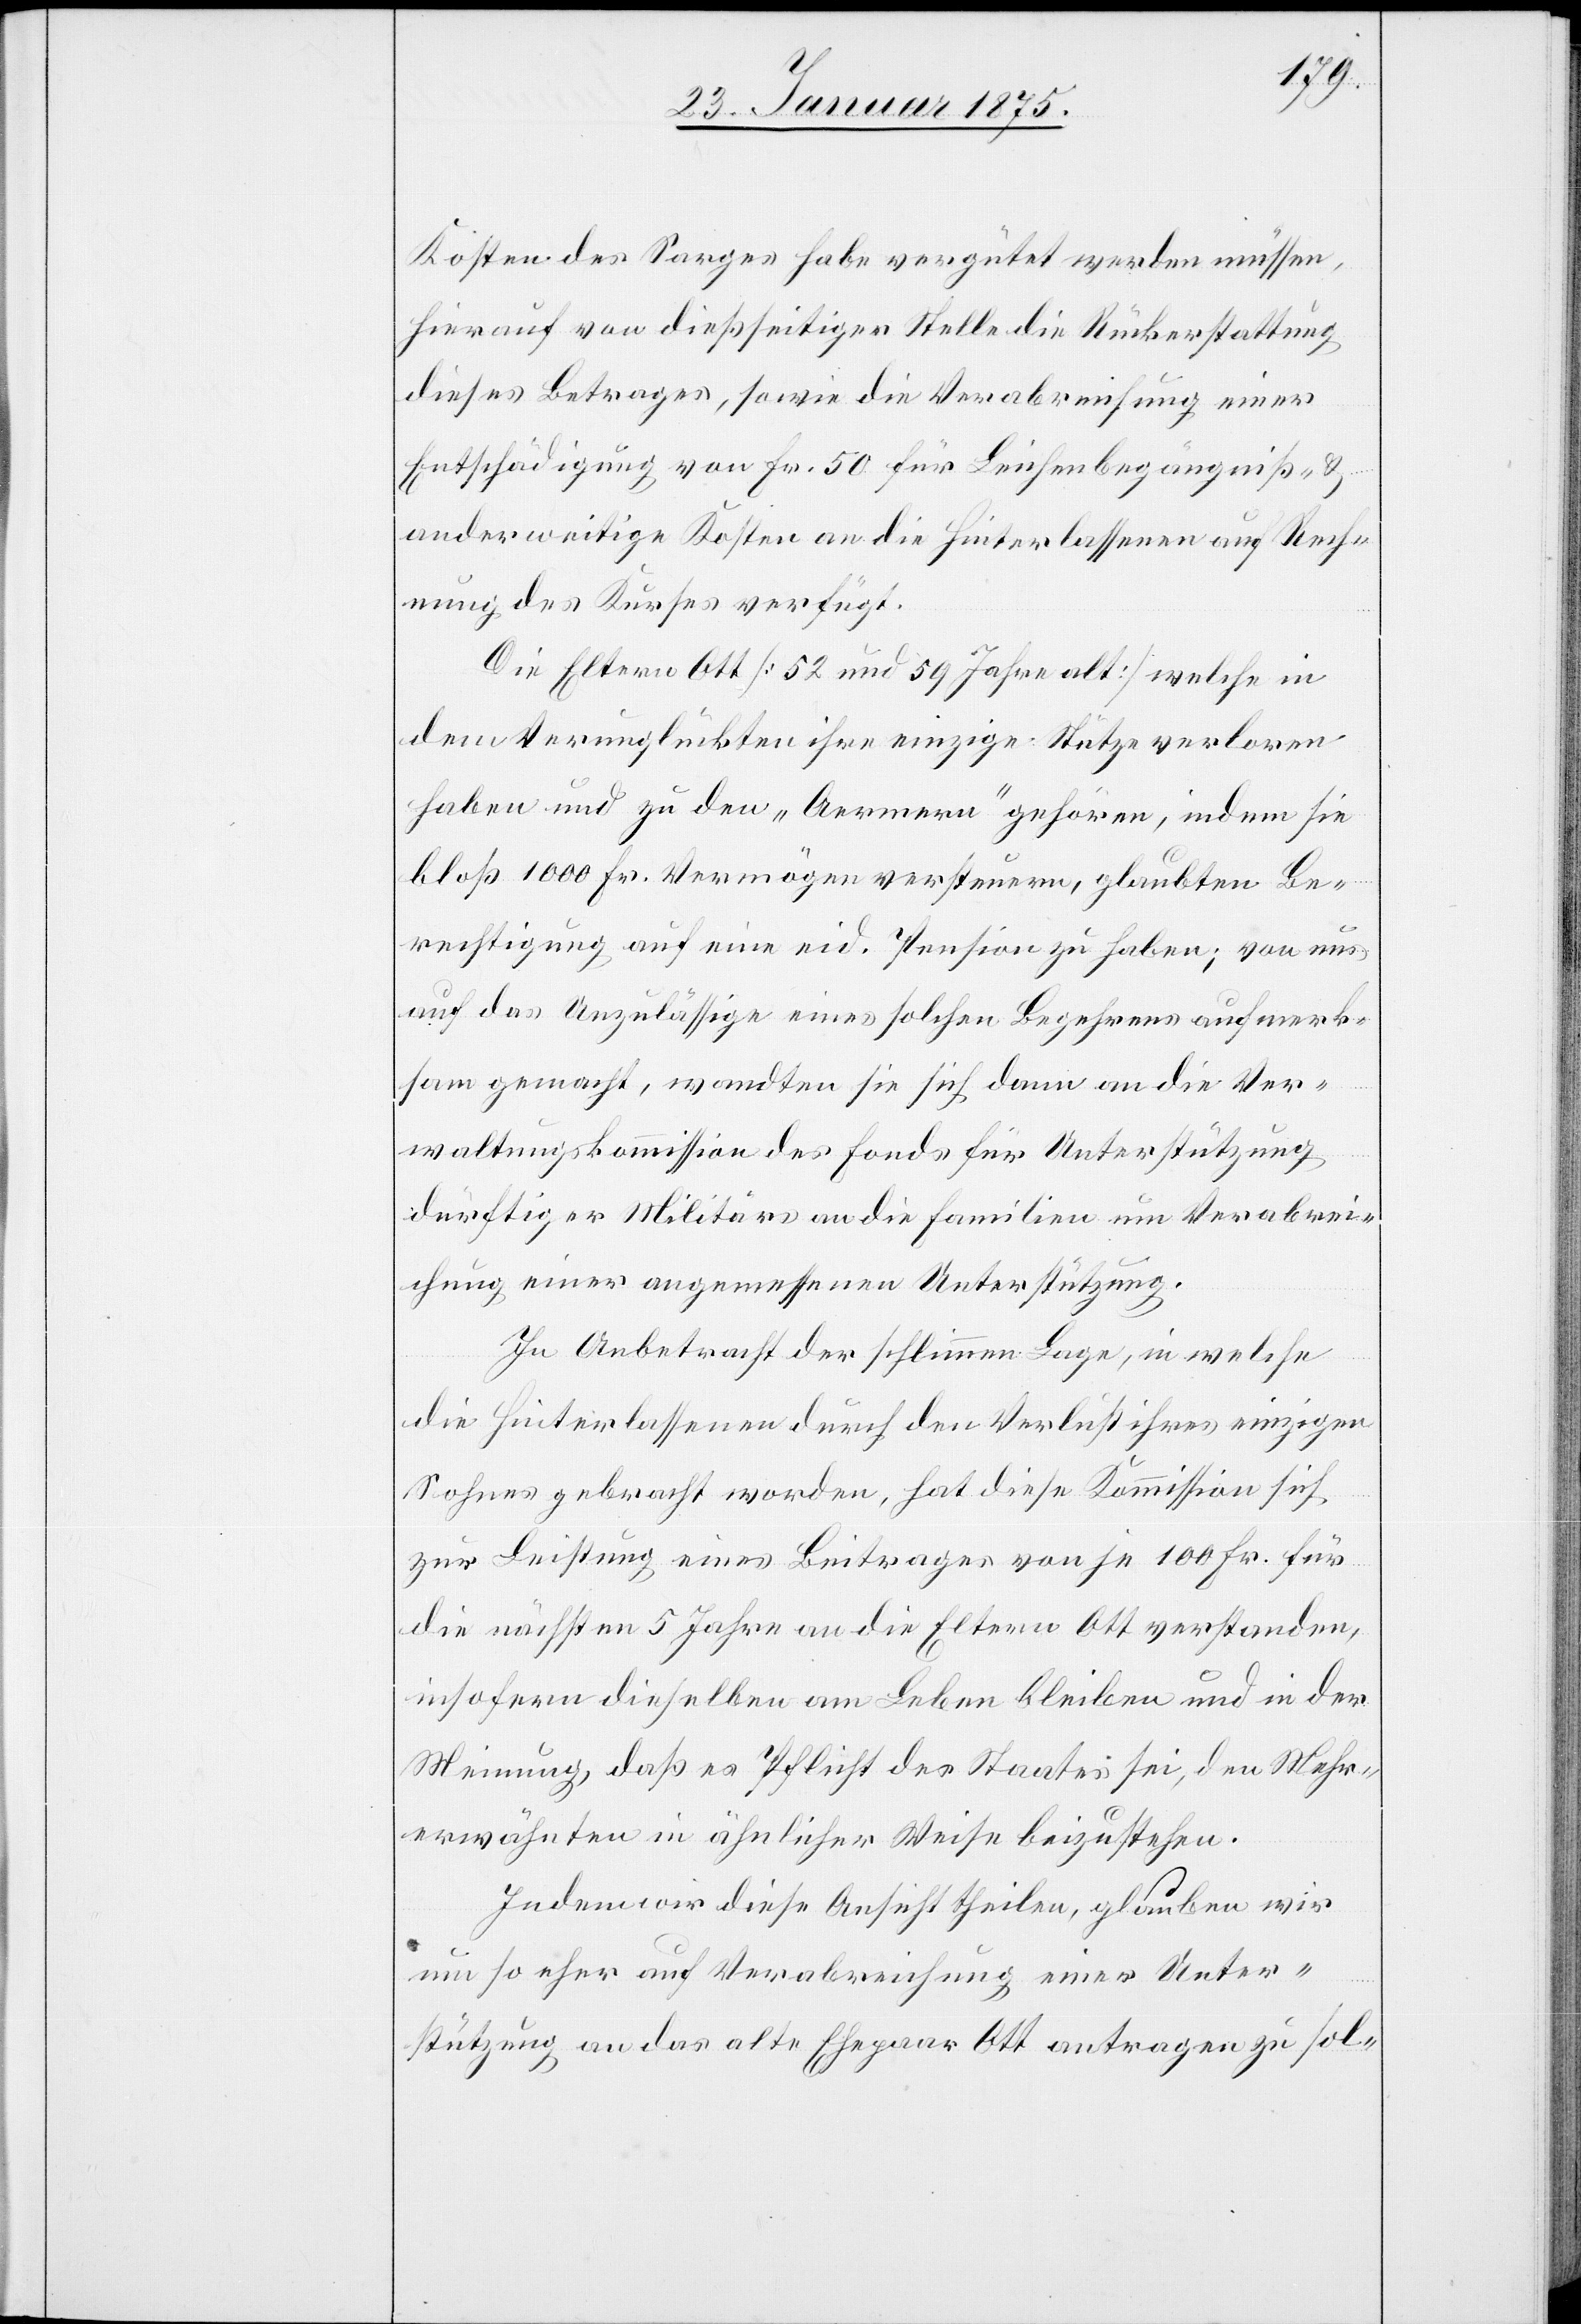
Kosten des Sarges habe vergütet werden müssen,
hierauf von dießseitiger Stelle die Rückerstattung
dieses Betrages, sowie die Verabreichung einer
Entschädigung von Fr. 50 für Leichenbegängniß- &
anderweitige Kosten an die Hinterlassenen auf Rech¬
nung des Kurses verfügt.
Die Eltern Ott (52 und 59 Jahre alt) welche in
dem Verunglückten ihre einzige Stütze verloren
haben und zu den „Aermern“ gehören, indem sie
bloß 1000 Fr. Vermögen versteuern, glaubten Be¬
rechtigung auf eine eid. Pension zu haben; von uns
auf das Unzulässige eines solchen Begehrens aufmerk¬
sam gemacht, wandten sie sich dann an die Ver¬
waltungskommission des Fonds für Unterstützung
dürftiger Militärs an die Familien um Verabrei¬
chung einer angemessenen Unterstützung.
In Anbetracht der schlimmen Lage, in welche
die Hinterlassenen durch den Verlust ihres einzigen
Sohnes gebracht worden, hat diese Kommission sich
zur Leistung eines Beitrages von je 100 Fr. für
die nächsten 5 Jahre an die Eltern Ott verstanden,
insofern dieselben am Leben bleiben und in der
Meinung, daß es Pflicht des Staates sei, den Mehr¬
erwähnten in ähnlicher Weise beizustehen.
Indem wir diese Ansicht theilen, glauben wir
um so eher auf Verabreichung einer Unter¬
stützung an das alte Ehepaar Ott antragen zu sol-